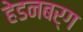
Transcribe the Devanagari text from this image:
हेडनबर्ग